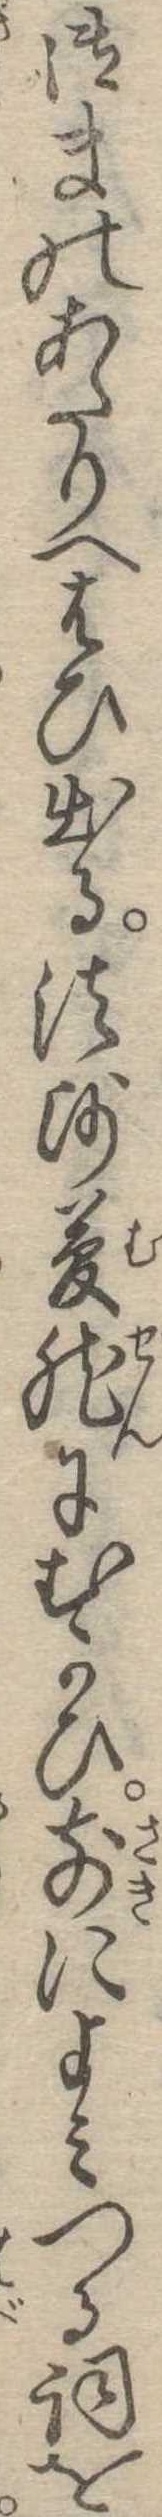
御まのあたりへはひ出る法師夢然にむかひ前によみつる詞を